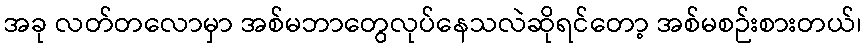
အခု လတ်တလောမှာ အစ်မဘာတွေလုပ်နေသလဲဆိုရင်တော့ အစ်မစဉ်းစားတယ်၊